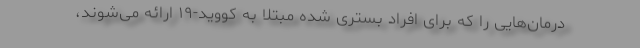
درمان‌هایی را که برای افراد بستری شده مبتلا به کووید-۱۹ ارائه می‌شوند،